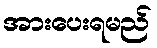
အားပေးရမည်